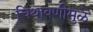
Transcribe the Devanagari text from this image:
चिथावणीमुळे